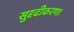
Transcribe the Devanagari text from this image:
सुदृढीकरण।